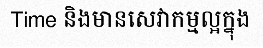
Time និងមានសេវាកម្មល្អក្នុង